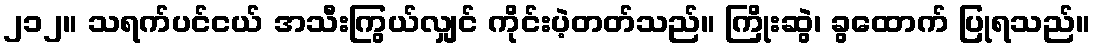
၂၁၂။ သရက်ပင်ငယ် အသီးကြွယ်လျှင် ကိုင်းပဲ့တတ်သည်။ ကြိုးဆွဲ၊ ခွထောက် ပြုရသည်။